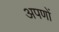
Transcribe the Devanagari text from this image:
अपणों